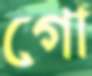
গো